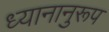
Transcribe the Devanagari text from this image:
ध्यानानुरूप